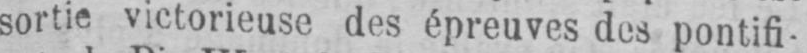
sortie victorieuse des épreuves des pontifi-